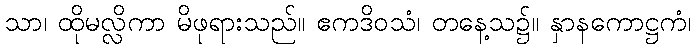
သာ၊ ထိုမလ္လိကာ မိဖုရားသည်။ ဧကဒိဝသံ၊ တနေ့သ၌။ နှာနကောဋ္ဌကံ၊